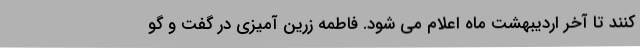
کنند تا آخر اردیبهشت ماه اعلام می شود. فاطمه زرین آمیزی در گفت و گو